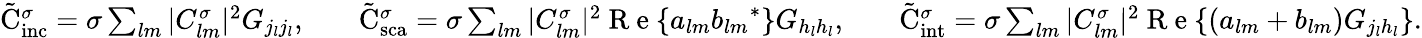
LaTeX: \begin{array}{rlrlr}{\tilde{\mathrm{{C}}}_{\mathrm{{inc}}}^{\sigma}=\sigma\sum_{lm}|C_{lm}^{\sigma}|^{2}G_{j_{l}j_{l}},}&{{}}&{\tilde{\mathrm{{C}}}_{\mathrm{{sca}}}^{\sigma}=\sigma\sum_{lm}|C_{lm}^{\sigma}|^{2}\mathrm{~R~e~}\{ a_{lm}{b_{lm}}^{*}\} G_{h_{l}h_{l}},}&{{}}&{\tilde{\mathrm{{C}}}_{\mathrm{{int}}}^{\sigma}=\sigma\sum_{lm}|C_{lm}^{\sigma}|^{2}\mathrm{~R~e~}\{ \left(a_{lm}+b_{lm}\right)G_{j_{l}h_{l}}\} .}\end{array}